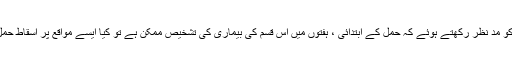
اب اس بات کو مدّ نظر رکھتے ہوئے کہ حمل کے ابتدائى ، ہفتوں ميں اس قسم کى بيمارى کى تشخيص ممکن ہے تو کيا ايسے مواقع پر اسقاط حمل جائز ہے ؟